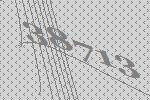
38713